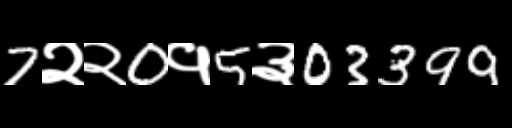
Text: 7२२0१5३03399